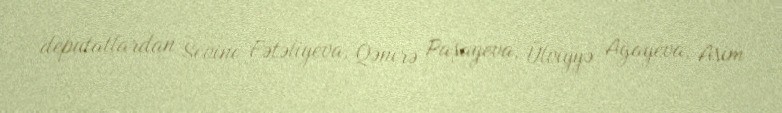
deputatlardan Sevinc Fətəliyeva, Qənirə Paşayeva, Ülviyyə Ağayeva, Asim